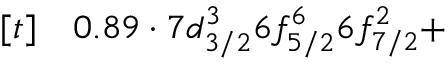
\begin{array} { r l } { [ t ] } & { { } 0 . 8 9 \cdot 7 d _ { 3 / 2 } ^ { 3 } 6 f _ { 5 / 2 } ^ { 6 } 6 f _ { 7 / 2 } ^ { 2 } + } \end{array}